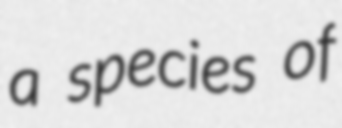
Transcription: a species of